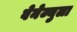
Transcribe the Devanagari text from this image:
वेनेज्युला